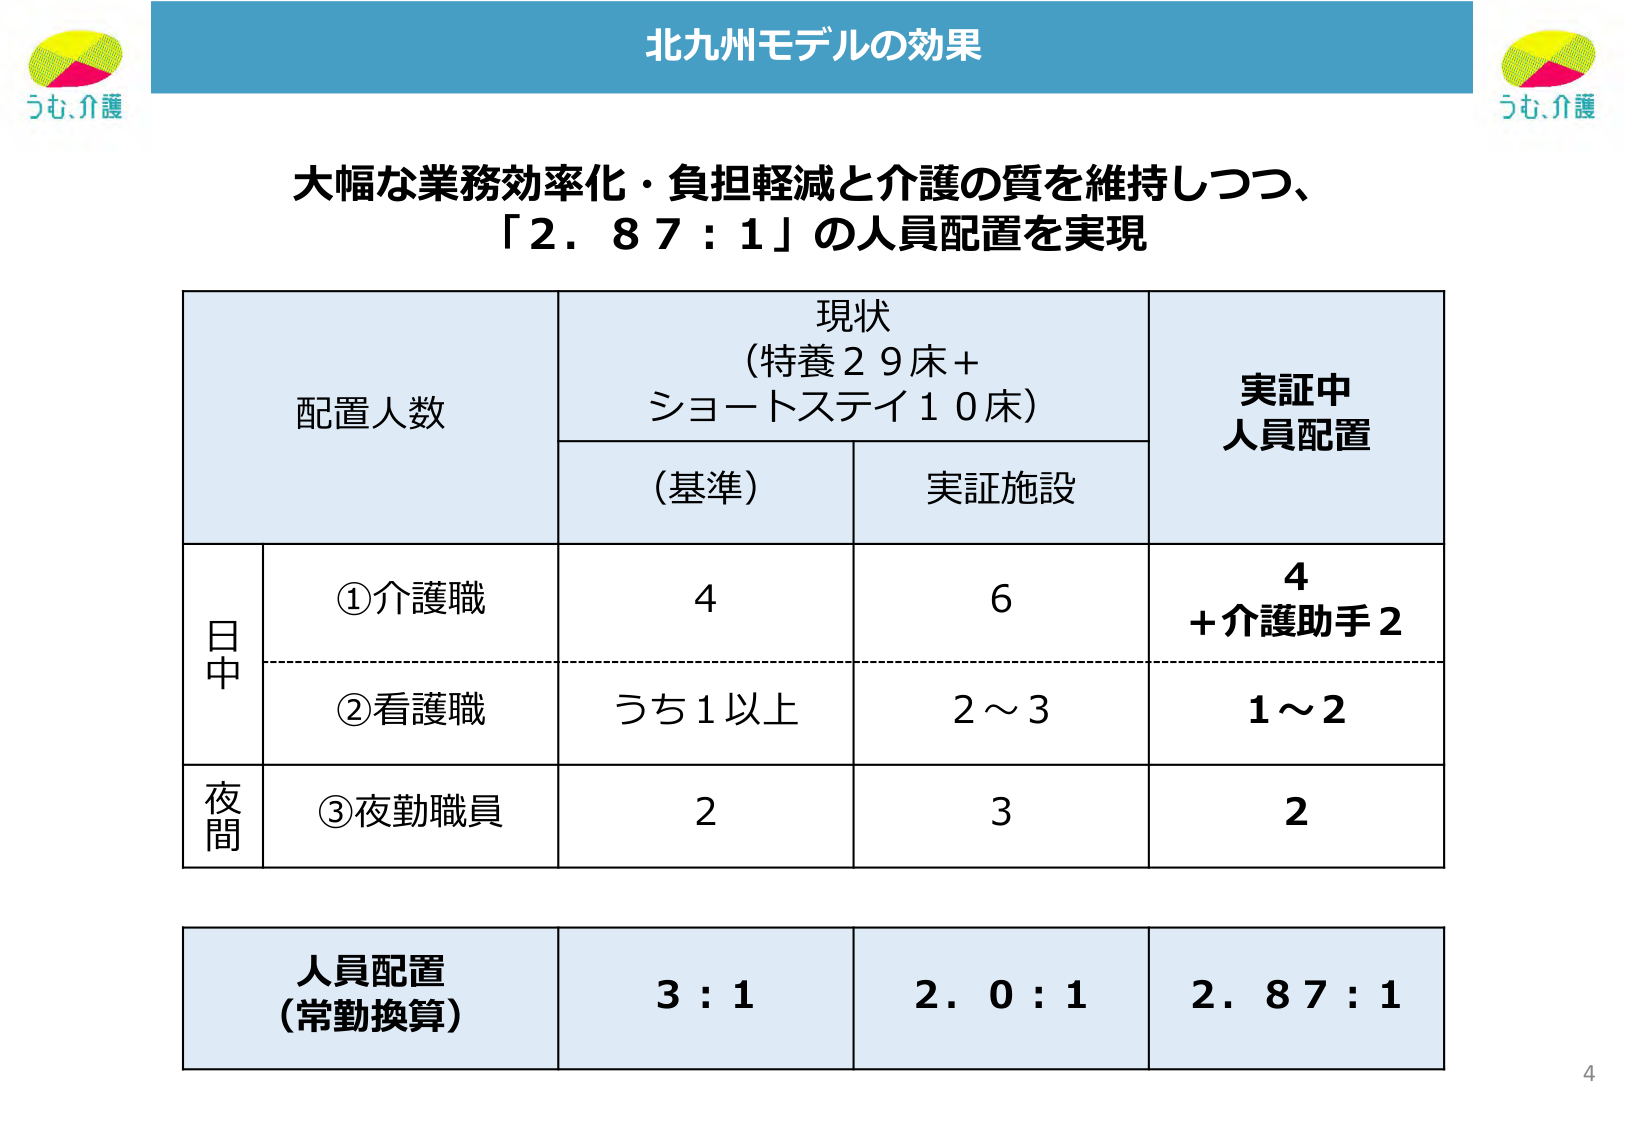
北九州モデルの効果

大幅な業務効率化・負担軽減と介護の質を維持しつつ、
「2.87：1」の人員配置を実現

配置人数

現状
（特養29床＋
ショートステイ10床）

実証中
人員配置

（基準）　　実証施設

日中
①介護職　　　4　　　6　　　4
　　　　　　　　　　　　　　＋介護助手2

②看護職　　　うち1以上　　2～3　　　1～2

夜間
③夜勤職員　　　2　　　3　　　2

人員配置
（常勤換算）　　3：1　　　2.0：1　　　2.87：1

うむ、介護

4